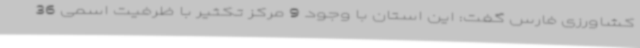
کشاورزی فارس گفت: این استان با وجود 9 مرکز تکثیر با ظرفیت اسمی 36